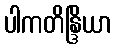
ပါကတိန္ဒြိယာ